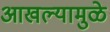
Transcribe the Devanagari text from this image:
आखल्यामुळे